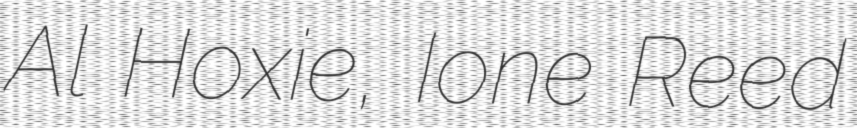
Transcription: Al Hoxie, Ione Reed